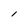
Character: l